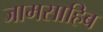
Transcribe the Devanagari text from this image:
जामसाहिब